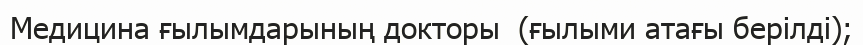
Медицина ғылымдарының докторы  (ғылыми атағы берілді);